Report of an investigation into the causes of the diseases known in Assam as Kála-Azár and Beri-Beri
Disease focus: Beri-Beri
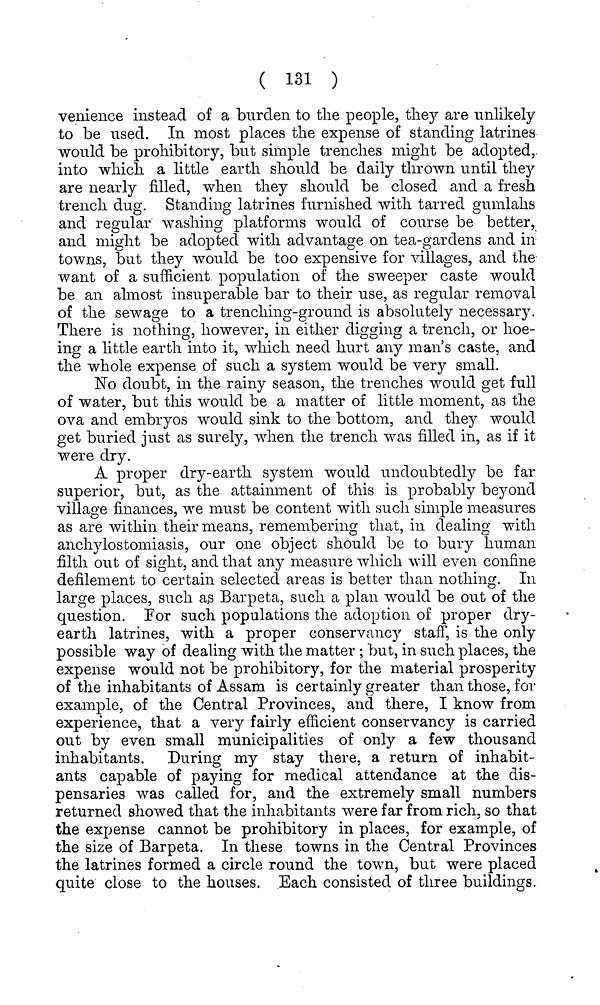
( 131 )
venience instead of a burden to the people, they are unlikely
to be used. In most places the expense of standing latrines
would be prohibitory, but simple trenches might be adopted,
into which a little earth should be daily thrown until the) 7
are nearly filled, when they should be closed and a fresh
trench dug. Standing latrines furnished with tarred gumlahs
and regular washing platforms would of course be better,
and might be adopted with advantage on tea-gardens and in
towns, but they would be too expensive for villages, and the
want of a sufficient population of the sweeper caste would
be an almost insuperable bar to their use, as regular removal
of the sewage to a trenching-ground is absolutely necessary.
There is nothing, however, in either digging a trench, or hoe-
ing a little earth into it, which need hurt any man's caste, and
the whole expense of such a system would be verj^ small.
No doubt, in the rainy season, the trenches would get full
of water, but this would be a matter of little moment, as the
ova and embryos would sink to the bottom, and they would
get buried just as surely, when the trench was filled in, as if it
were dry.
A proper dry-earth system would undoubtedly be far
superior, but, as the attainment of this is probably beyond
village finances, we must be content with such simple measures
as are within their means, remembering that, in dealing with
anchylostomiasiSj our one object should be to bury human
filth out of sight, and that any measure which will even confine
defilement to certain selected areas is better than nothing. In
large places, such as Barpeta, such a plan would be out of the
question. Eor such populations the adoption of proper dry-
earth latrines, with a proper conservancy staff, is the only
possible way of dealing with the matter ; but, in such places, the
expense would not be prohibitory, for the material prosperity
of the inhabitants of Assam is certainly greater than those, for
example, of the Central Provinces, and there, I know from
experience, that a very fairly efficient conservancy is carried
out by even small municipalities of only a few thousand
inhabitants. During my stay there, a return of inhabit-
ants capable of paying for medical attendance at the dis-
pensaries was called for, and the extremely small numbers
returned showed that the inhabitants were far from rich, so that
the expense cannot be prohibitory in places, for example, of
the size of Barpeta. In these towns in the Central Provinces
the latrines formed a circle round the town, but were placed
quite close to the houses. Each consisted of three buildings.